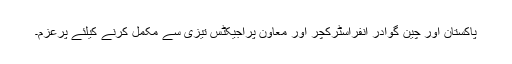
پاکستان اور چین گوادر انفراسٹرکچر اور معاون پراجیکٹس تیزی سے مکمل کرنے کیلئے پرعزم۔